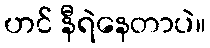
ဟင် နီရဲနေတာပဲ။